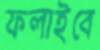
ফলাইবে